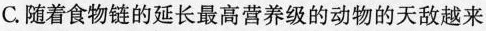
C.随着食物链的延长最高营养级的动物的天敌越来